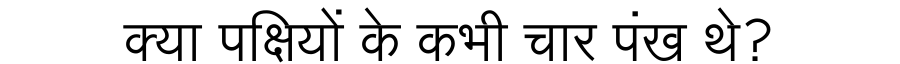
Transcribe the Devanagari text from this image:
क्या पक्षियों के कभी चार पंख थे?